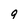
Character: q